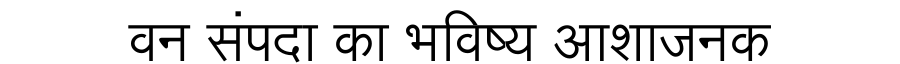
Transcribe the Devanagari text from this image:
वन संपदा का भविष्य आशाजनक